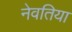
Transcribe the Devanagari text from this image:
नेवतिया